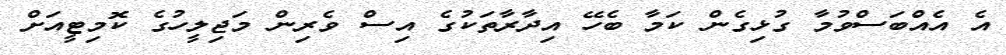
އެ އެއްބަސްވުމާ ގުޅިގެން ކަމާ ބެހޭ އިދާރާތަކުގެ އިސް ވެރިން މަޖިލީހުގެ ކޮމިޓީއަށް